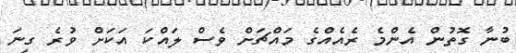
ބުނާ ގޮތުން އެންމެ ރެއެއްގެ މައްޗަށް ވެސް ލައްކަ އަކަށް ވުރެ ގިނަ